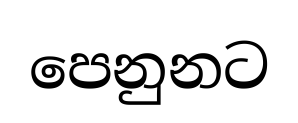
පෙනුනට